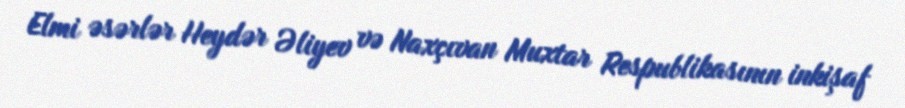
Elmi əsərlər Heydər Əliyev və Naxçıvan Muxtar Respublikasının inkişaf